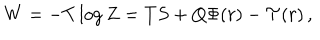
W = - T \log Z = T S + Q \Phi ( r ) - \mathcal { T } ( r ) \, ,